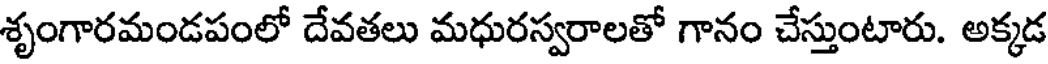
శృంగారమండపంలో దేవతలు మధురస్వరాలతో గానం చేస్తుంటారు. అక్కడ